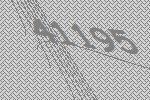
41195